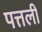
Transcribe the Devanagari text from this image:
पत्तली